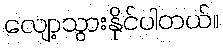
လျော့သွားနိုင်ပါတယ်။